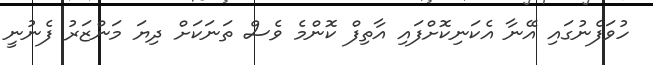
ހުވަފެނުގައި އޭނާ އެކަނިކޮށްފައި އާތިފް ކޮންމެ ވެސް ތަނަކަށް ދިޔަ މަންޒަރު ފެނުނީ